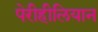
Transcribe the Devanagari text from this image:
पेरीहीलियान